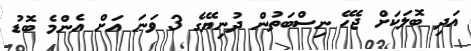
އަދި ބޮލަކަށް ޖެހޭ ނިސްބަތުން ދުނިޔޭގެ 3 ވަނަ އަށް އެންމެ ބޮޑު